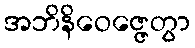
အဘိနိဝေဇ္ဇေတွာ